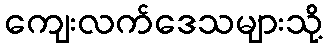
ကျေးလက်ဒေသများသို့